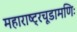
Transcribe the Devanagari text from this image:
महाराष्ट्रचूडामणिः